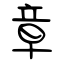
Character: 章